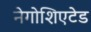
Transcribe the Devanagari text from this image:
नेगोशिएटेड